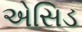
એસિડ